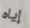
إياه